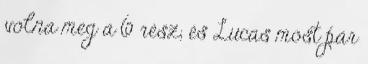
volna meg a 6 rész, és Lucas most pár